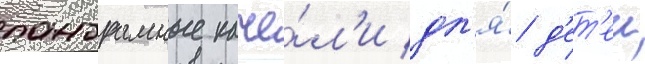
панорамные каче́л'и дл'я́ д'ет'еи